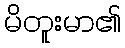
မိတူးမာ၏